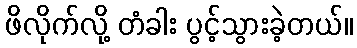
ဖိလိုက်လို့ တံခါး ပွင့်သွားခဲ့တယ်။